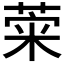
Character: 𦴕